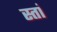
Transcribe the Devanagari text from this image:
स्तां